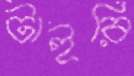
টাইরি